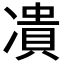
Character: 𭂟